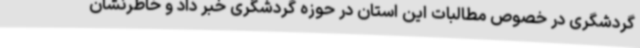
گردشگری در خصوص مطالبات این استان در حوزه گردشگری خبر داد و خاطرنشان